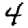
Digit: 4